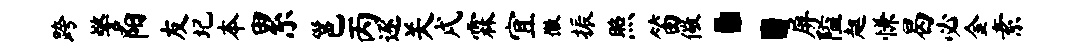
跨警阳友圮本累邕丙逐关戌霖宜徽振照笛儆：屏隘趄慊曷必金素